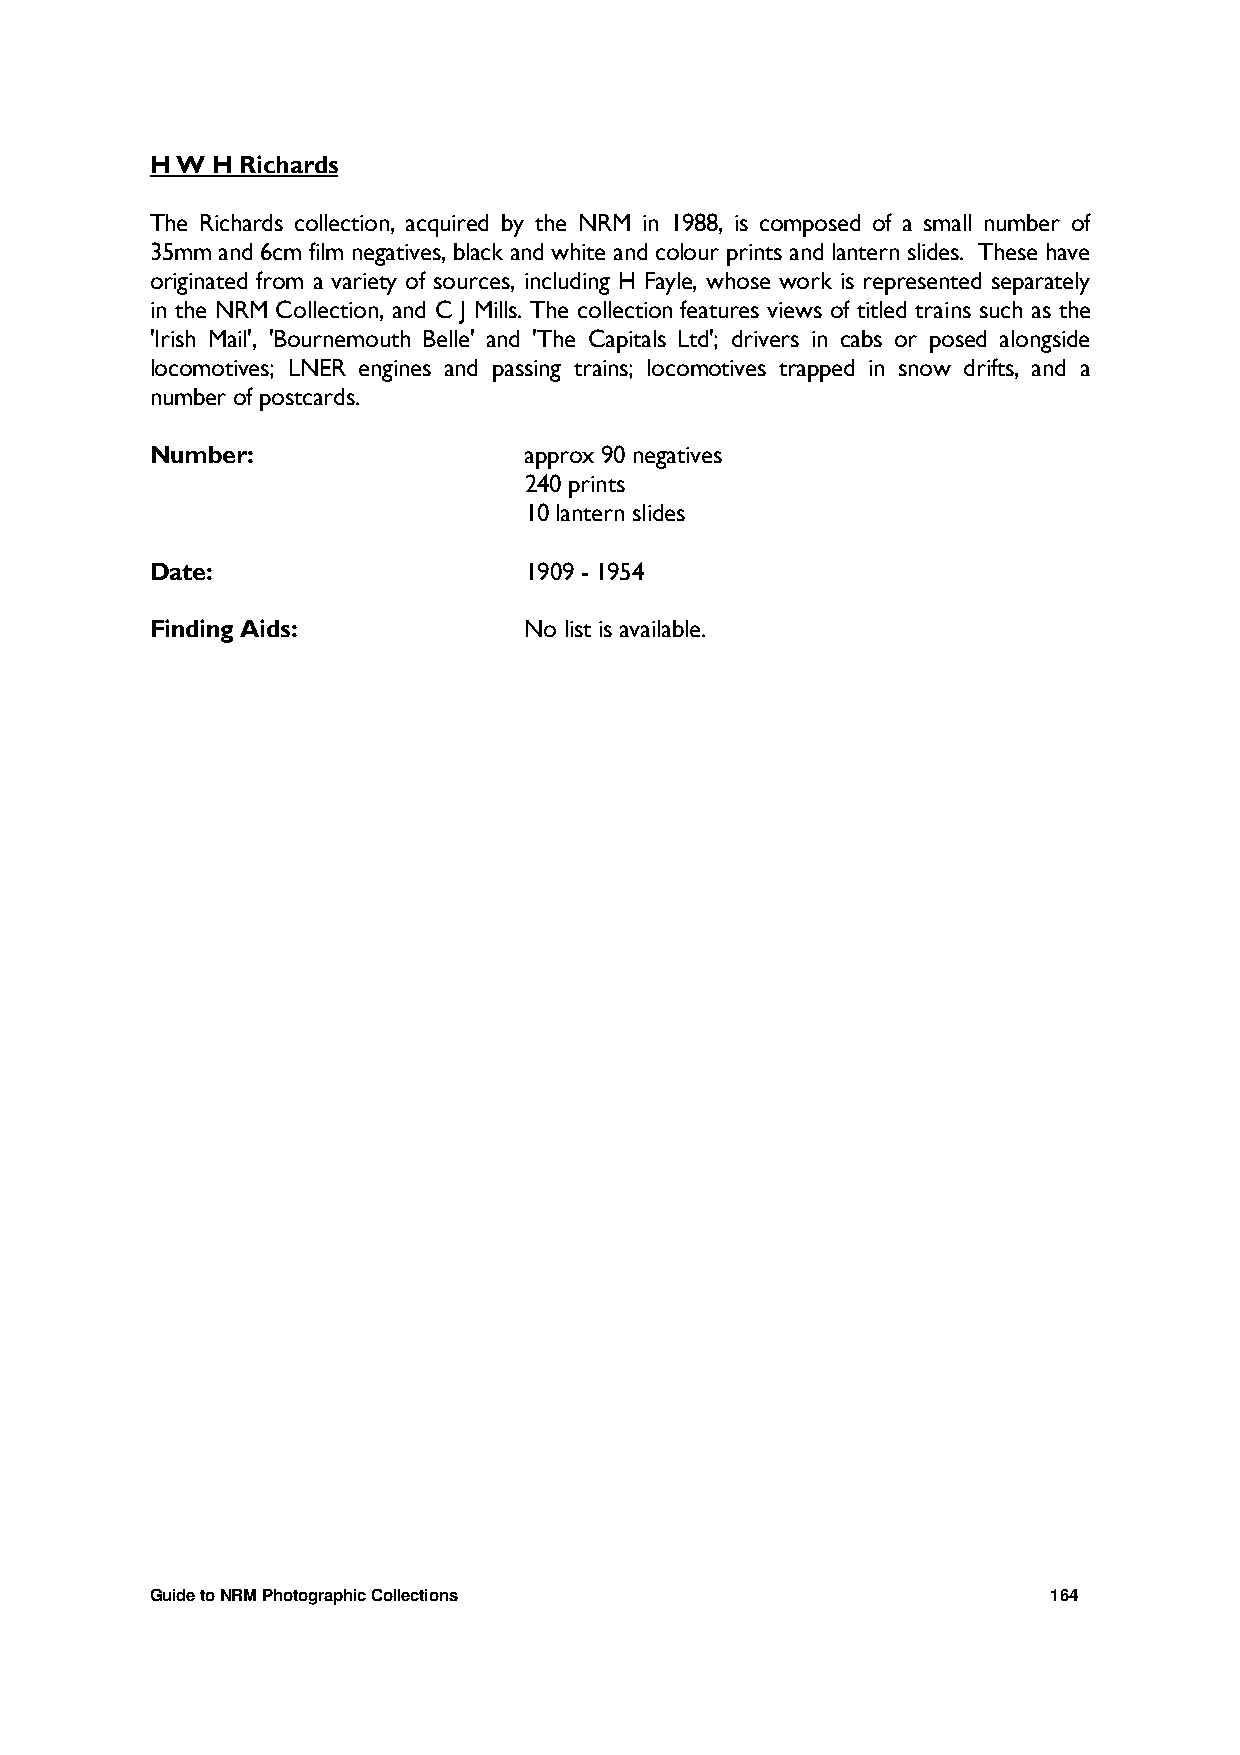
H W H Richards
 The Richards collection, acquired by the NRM in 1988, is composed of a small number of
 35mm and 6cm film negatives, black and white and colour prints and lantern slides. These have
 originated from a variety of sources, including H Fayle, whose work is represented separately
 in the NRM Collection, and C J Mills. The collection features views of titled trains such as the
 'Irish Mail', 'Bournemouth Belle' and 'The Capitals Ltd'; drivers in cabs or posed alongside
 locomotives; LNER engines and passing trains; locomotives trapped in snow drifts, and a
 number of postcards.
 Number:                  approx 90 negatives
 240 prints
 10 lantern slides
 Date:                    1909 - 1954
 Finding Aids:            No list is available.
 Guide to NRM Photographic Collections                       164